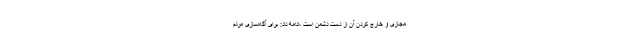
مجازی و خارج کردن آن از دست دشمن است ،ادامه داد: برای آگاه‌سازی مردم